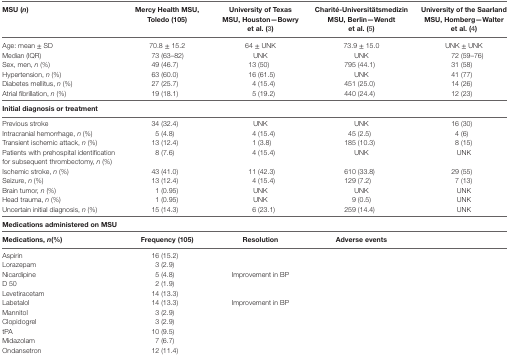
<table><thead><tr><td><b>MSU (<i>n</i>)</b></td><td><b>Mercy Health MSU, Toledo (105)</b></td><td><b>University of Texas MSU, Houston—Bowry et al. (3)</b></td><td><b>Charité-Universitätsmedizin MSU, Berlin—Wendt et al. (5)</b></td><td><b>University of the Saarland MSU, Homberg—Walter et al. (4)</b></td></tr></thead><tbody><tr><td>Age: mean ± SD</td><td>70.8 ± 15.2</td><td>64 ± UNK</td><td>73.9 ± 15.0</td><td>UNK ± UNK</td></tr><tr><td>Median (IQR)</td><td>73 (63–82)</td><td>UNK</td><td>UNK</td><td>72 (59–76)</td></tr><tr><td>Sex, men, <i>n</i> (%)</td><td>49 (46.7)</td><td>13 (50)</td><td>795 (44.1)</td><td>31 (58)</td></tr><tr><td>Hypertension, <i>n</i> (%)</td><td>63 (60.0)</td><td>16 (61.5)</td><td>UNK</td><td>41 (77)</td></tr><tr><td>Diabetes mellitus, <i>n</i> (%)</td><td>27 (25.7)</td><td>4 (15.4)</td><td>451 (25.0)</td><td>14 (26)</td></tr><tr><td>Atrial fibrillation, <i>n</i> (%)</td><td>19 (18.1)</td><td>5 (19.2)</td><td>440 (24.4)</td><td>12 (23)</td></tr><tr><td colspan="5"><b>Initial diagnosis or treatment</b></td></tr><tr><td>Previous stroke</td><td>34 (32.4)</td><td>UNK</td><td>UNK</td><td>16 (30)</td></tr><tr><td>Intracranial hemorrhage, <i>n</i> (%)</td><td>5 (4.8)</td><td>4 (15.4)</td><td>45 (2.5)</td><td>4 (6)</td></tr><tr><td>Transient ischemic attack, <i>n</i> (%)</td><td>13 (12.4)</td><td>1 (3.8)</td><td>185 (10.3)</td><td>8 (15)</td></tr><tr><td>Patients with prehospital identification for subsequent thrombectomy, <i>n</i> (%)</td><td>8 (7.6)</td><td>4 (15.4)</td><td>UNK</td><td>UNK</td></tr><tr><td>Ischemic stroke, <i>n</i> (%)</td><td>43 (41.0)</td><td>11 (42.3)</td><td>610 (33.8)</td><td>29 (55)</td></tr><tr><td>Seizure, <i>n</i> (%)</td><td>13 (12.4)</td><td>4 (15.4)</td><td>129 (7.2)</td><td>7 (13)</td></tr><tr><td>Brain tumor, <i>n</i> (%)</td><td>1 (0.95)</td><td>UNK</td><td>UNK</td><td>UNK</td></tr><tr><td>Head trauma, <i>n</i> (%)</td><td>1 (0.95)</td><td>UNK</td><td>9 (0.5)</td><td>UNK</td></tr><tr><td>Uncertain initial diagnosis, <i>n</i> (%)</td><td>15 (14.3)</td><td>6 (23.1)</td><td>259 (14.4)</td><td>UNK</td></tr><tr><td colspan="5"><b>Medications administered on MSU</b></td></tr><tr><td><b>Medications, <b><i>n</i></b>(%)</b></td><td><b>Frequency (105)</b></td><td><b>Resolution</b></td><td><b>Adverse events</b></td><td></td></tr><tr><td>Aspirin</td><td>16 (15.2)</td><td></td><td></td><td></td></tr><tr><td>Lorazepam</td><td>3 (2.9)</td><td></td><td></td><td></td></tr><tr><td>Nicardipine</td><td>5 (4.8)</td><td>Improvement in BP</td><td></td><td></td></tr><tr><td>D 50</td><td>2 (1.9)</td><td></td><td></td><td></td></tr><tr><td>Levetiracetam</td><td>14 (13.3)</td><td></td><td></td><td></td></tr><tr><td>Labetalol</td><td>14 (13.3)</td><td>Improvement in BP</td><td></td><td></td></tr><tr><td>Mannitol</td><td>3 (2.9)</td><td></td><td></td><td></td></tr><tr><td>Clopidogrel</td><td>3 (2.9)</td><td></td><td></td><td></td></tr><tr><td>tPA</td><td>10 (9.5)</td><td></td><td></td><td></td></tr><tr><td>Midazolam</td><td>7 (6.7)</td><td></td><td></td><td></td></tr><tr><td>Ondansetron</td><td>12 (11.4)</td><td></td><td></td><td></td></tr></tbody></table>